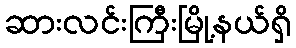
ဆားလင်းကြီးမြို့နယ်ရှိ